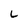
Character: L